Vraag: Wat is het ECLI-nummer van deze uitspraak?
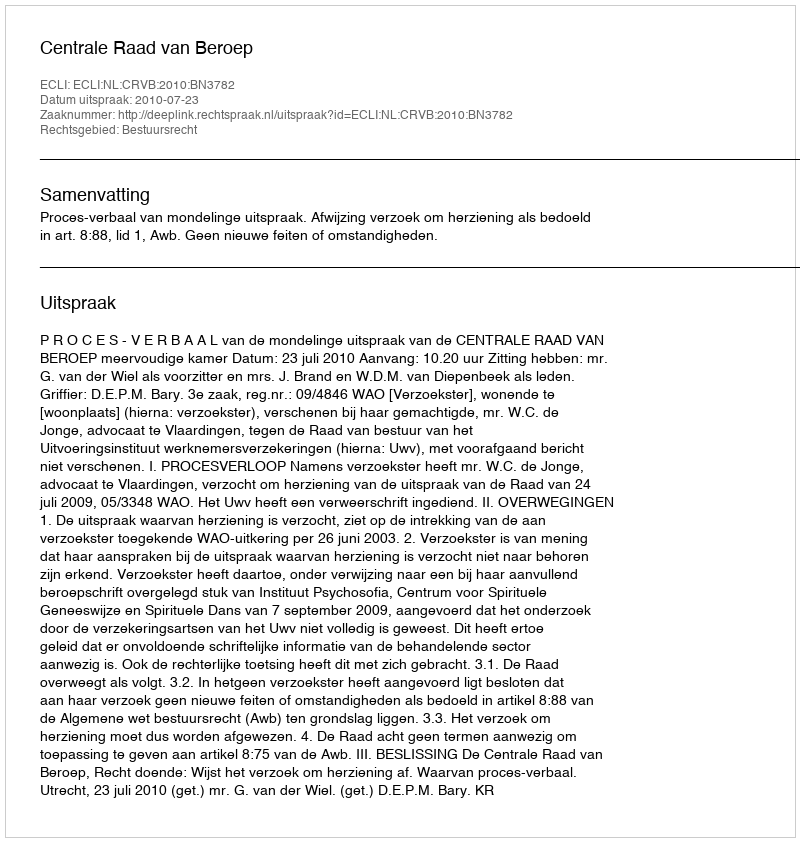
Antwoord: ECLI:NL:CRVB:2010:BN3782